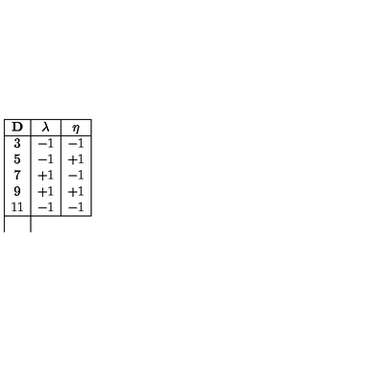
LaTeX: \begin{array} { | c | c | c | } \hline { { \bf D } } & { \lambda } & { \eta } \\ \hline { 3 } & { - 1 } & { - 1 } \\ { 5 } & { - 1 } & { + 1 } \\ { 7 } & { + 1 } & { - 1 } \\ { 9 } & { + 1 } & { + 1 } \\ { 1 1 } & { - 1 } & { - 1 } \\ \hline { } \\ \end{array}